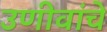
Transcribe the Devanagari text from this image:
उणीवांचे